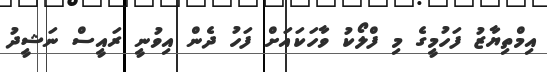
އިމްތިޔާޒު ފަހުމީގެ މި ފްލޯކު ވާހަކައަށް ފަހު ދެން އިވުނީ ރައީސް ނަޝީދު